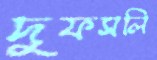
দুফসলি